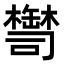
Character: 𦉚